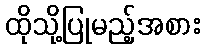
ထိုသို့ပြုမည့်အစား